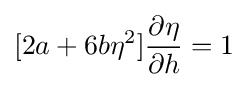
[2a+6b\eta ^{2}]{\frac {\partial \eta }{\partial h}}=1